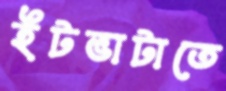
ইটভাটাতে